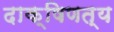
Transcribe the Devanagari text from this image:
दाक्षिणत्य